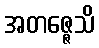
အတဇ္ဇေသိ